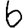
Digit: 6